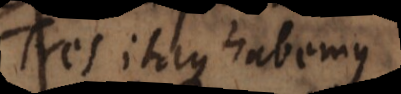
Tres itaque habemus